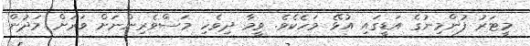
މީޓަރު ފުންމިނުގެ އަޑީގައި އުޅޭ މަހެކެވެ. ވީމާ ދިވެހި މަސްވެރިންނަށް ވަރަށް މަދުން